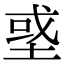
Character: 𡌳